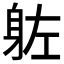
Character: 𮜰